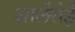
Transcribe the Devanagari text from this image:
शार्लेरोई